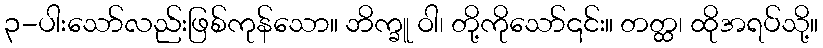
၃-ပါးသော်လည်းဖြစ်ကုန်သော။ ဘိက္ခူ ဝါ၊ တို့ကိုသော်၎င်း။ တတ္ထ၊ ထိုအရပ်သို့။